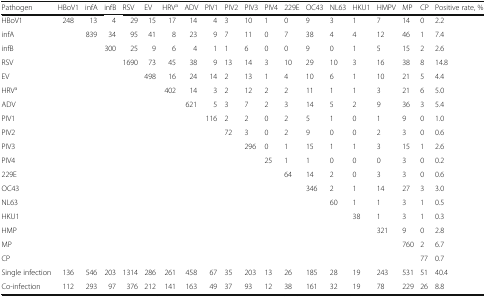
<table><thead><tr><td><b>Pathogen</b></td><td><b>HBoV1</b></td><td><b>infA</b></td><td><b>infB</b></td><td><b>RSV</b></td><td><b>EV</b></td><td><b>HRV<sup>a</sup></b></td><td><b>ADV</b></td><td><b>PIV1</b></td><td><b>PIV2</b></td><td><b>PIV3</b></td><td><b>PIV4</b></td><td><b>229E</b></td><td><b>OC43</b></td><td><b>NL63</b></td><td><b>HKU1</b></td><td><b>HMPV</b></td><td><b>MP</b></td><td><b>CP</b></td><td><b>Positive rate, %</b></td></tr></thead><tbody><tr><td>HBoV1</td><td>248</td><td>13</td><td>4</td><td>29</td><td>15</td><td>17</td><td>14</td><td>4</td><td>3</td><td>10</td><td>1</td><td>0</td><td>9</td><td>3</td><td>1</td><td>7</td><td>14</td><td>0</td><td>2.2</td></tr><tr><td>infA</td><td></td><td>839</td><td>34</td><td>95</td><td>41</td><td>8</td><td>23</td><td>9</td><td>7</td><td>11</td><td>0</td><td>7</td><td>38</td><td>4</td><td>4</td><td>12</td><td>46</td><td>1</td><td>7.4</td></tr><tr><td>infB</td><td></td><td></td><td>300</td><td>25</td><td>9</td><td>6</td><td>4</td><td>1</td><td>1</td><td>6</td><td>0</td><td>0</td><td>9</td><td>0</td><td>1</td><td>5</td><td>15</td><td>2</td><td>2.6</td></tr><tr><td>RSV</td><td></td><td></td><td></td><td>1690</td><td>73</td><td>45</td><td>38</td><td>9</td><td>13</td><td>14</td><td>3</td><td>10</td><td>29</td><td>10</td><td>3</td><td>16</td><td>38</td><td>8</td><td>14.8</td></tr><tr><td>EV</td><td></td><td></td><td></td><td></td><td>498</td><td>16</td><td>24</td><td>14</td><td>2</td><td>13</td><td>1</td><td>4</td><td>10</td><td>6</td><td>1</td><td>10</td><td>21</td><td>5</td><td>4.4</td></tr><tr><td>HRV<sup>a</sup></td><td></td><td></td><td></td><td></td><td></td><td>402</td><td>14</td><td>3</td><td>2</td><td>12</td><td>2</td><td>2</td><td>11</td><td>1</td><td>1</td><td>3</td><td>21</td><td>6</td><td>5.0</td></tr><tr><td>ADV</td><td></td><td></td><td></td><td></td><td></td><td></td><td>621</td><td>5</td><td>3</td><td>7</td><td>2</td><td>3</td><td>14</td><td>5</td><td>2</td><td>9</td><td>36</td><td>3</td><td>5.4</td></tr><tr><td>PIV1</td><td></td><td></td><td></td><td></td><td></td><td></td><td></td><td>116</td><td>2</td><td>2</td><td>0</td><td>2</td><td>5</td><td>1</td><td>0</td><td>1</td><td>9</td><td>0</td><td>1.0</td></tr><tr><td>PIV2</td><td></td><td></td><td></td><td></td><td></td><td></td><td></td><td></td><td>72</td><td>3</td><td>0</td><td>2</td><td>9</td><td>0</td><td>0</td><td>2</td><td>3</td><td>0</td><td>0.6</td></tr><tr><td>PIV3</td><td></td><td></td><td></td><td></td><td></td><td></td><td></td><td></td><td></td><td>296</td><td>0</td><td>1</td><td>15</td><td>1</td><td>1</td><td>3</td><td>15</td><td>1</td><td>2.6</td></tr><tr><td>PIV4</td><td></td><td></td><td></td><td></td><td></td><td></td><td></td><td></td><td></td><td></td><td>25</td><td>1</td><td>1</td><td>0</td><td>0</td><td>0</td><td>3</td><td>0</td><td>0.2</td></tr><tr><td>229E</td><td></td><td></td><td></td><td></td><td></td><td></td><td></td><td></td><td></td><td></td><td></td><td>64</td><td>14</td><td>2</td><td>0</td><td>3</td><td>3</td><td>0</td><td>0.6</td></tr><tr><td>OC43</td><td></td><td></td><td></td><td></td><td></td><td></td><td></td><td></td><td></td><td></td><td></td><td></td><td>346</td><td>2</td><td>1</td><td>14</td><td>27</td><td>3</td><td>3.0</td></tr><tr><td>NL63</td><td></td><td></td><td></td><td></td><td></td><td></td><td></td><td></td><td></td><td></td><td></td><td></td><td></td><td>60</td><td>1</td><td>1</td><td>3</td><td>1</td><td>0.5</td></tr><tr><td>HKU1</td><td></td><td></td><td></td><td></td><td></td><td></td><td></td><td></td><td></td><td></td><td></td><td></td><td></td><td></td><td>38</td><td>1</td><td>3</td><td>1</td><td>0.3</td></tr><tr><td>HMP</td><td></td><td></td><td></td><td></td><td></td><td></td><td></td><td></td><td></td><td></td><td></td><td></td><td></td><td></td><td></td><td>321</td><td>9</td><td>0</td><td>2.8</td></tr><tr><td>MP</td><td></td><td></td><td></td><td></td><td></td><td></td><td></td><td></td><td></td><td></td><td></td><td></td><td></td><td></td><td></td><td></td><td>760</td><td>2</td><td>6.7</td></tr><tr><td>CP</td><td></td><td></td><td></td><td></td><td></td><td></td><td></td><td></td><td></td><td></td><td></td><td></td><td></td><td></td><td></td><td></td><td></td><td>77</td><td>0.7</td></tr><tr><td>Single infection</td><td>136</td><td>546</td><td>203</td><td>1314</td><td>286</td><td>261</td><td>458</td><td>67</td><td>35</td><td>203</td><td>13</td><td>26</td><td>185</td><td>28</td><td>19</td><td>243</td><td>531</td><td>51</td><td>40.4</td></tr><tr><td>Co-infection</td><td>112</td><td>293</td><td>97</td><td>376</td><td>212</td><td>141</td><td>163</td><td>49</td><td>37</td><td>93</td><td>12</td><td>38</td><td>161</td><td>32</td><td>19</td><td>78</td><td>229</td><td>26</td><td>8.8</td></tr></tbody></table>